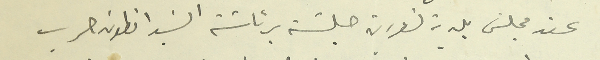
عقد مجلسَ بلدية تنورين جلسَة برئاسَة السَيد انطون حرب